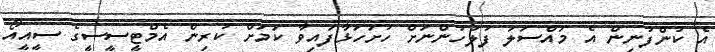
އެ ކުންފުނިން އެ މައްސަލަ ފުލުހުންނަށް ހުށަހަޅާފައިވާ ކަމަށް ކުރިން އެމްޓީސީސީގެ ސީއީއޯ